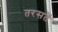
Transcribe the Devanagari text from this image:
तरसतें